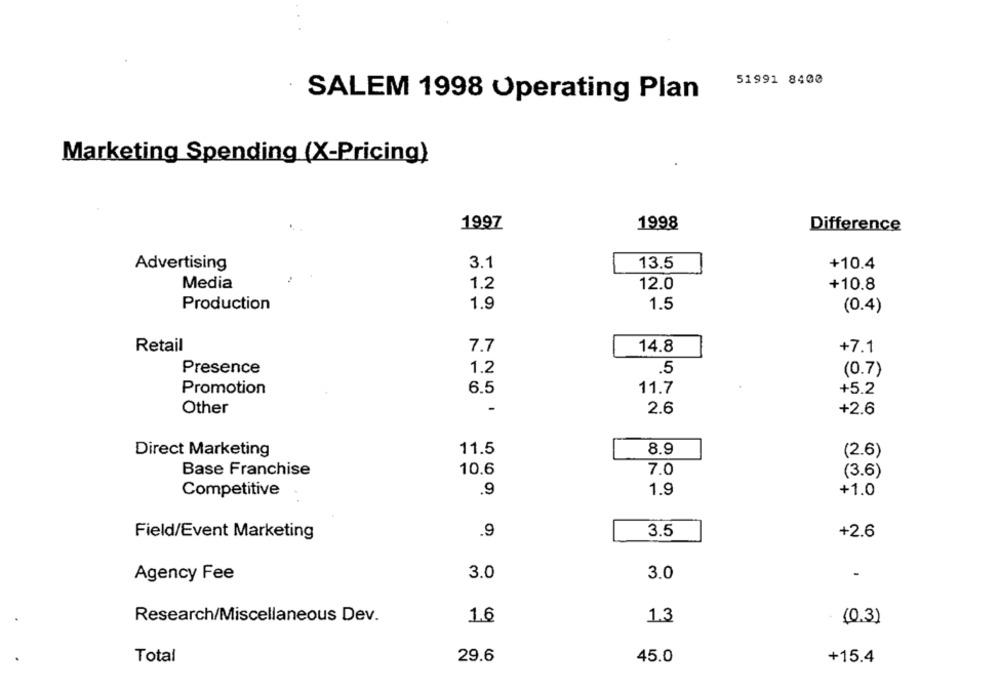
51991 8400
SALEM 1998 Operating Plan
Marketing Spending (X-Pricing)
1997
1998
Difference
3.1
Advertising
13.5
+10.4
Media
1.2
12.0
+10.8
1.9
1.5
Production
(0.4)
Retail
7.7
14.8
+7.1
Presence
1.2
5
(0.7)
Promotion
6.5
11.7
+5.2
-
Other
2.6
+2.6
11.5
8.9
Direct Marketing
(2.6)
7.0
Base Franchise
10.6
(3.6)
Competitive
1.9
+1.0
.9
.9
3.5
Field/Event Marketing
+2.6
3.0
3.0
-
Agency Fee
Research/Miscellaneous Dev.
1.6
1.3
(0.3)
Total
29.6
45.0
+15.4